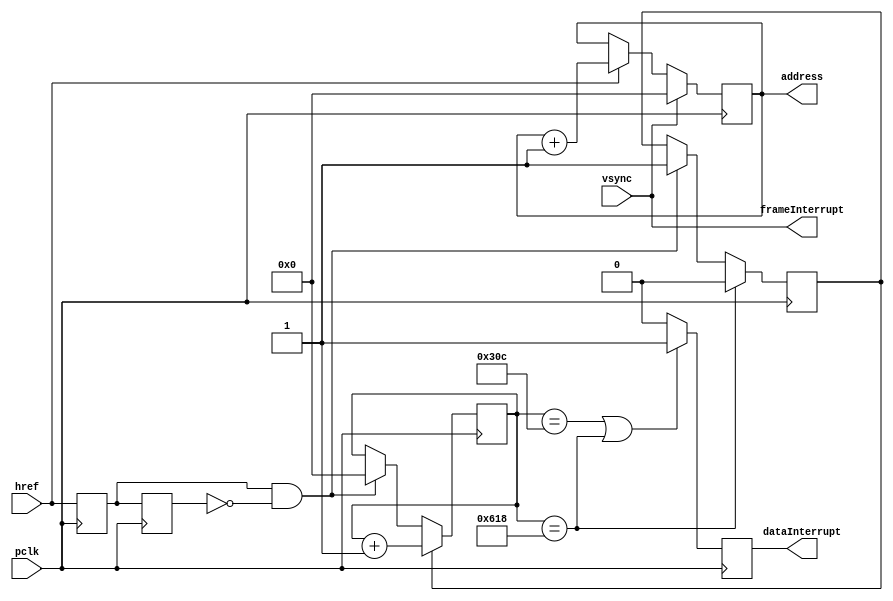
`timescale 1ns / 1ps

module cam_Controller(
    input  pclk,
     input  vsync,
     input  href,
     output reg [10:0]address = 0,
     output reg dataInterrupt = 0,
     output frameInterrupt
    );

    reg [10:0]pixelCounter = 0;
     reg counterStart = 0;
     reg thishref = 0;
     reg lasthref = 0;

    assign frameInterrupt = vsync;

    always @(posedge pclk) begin
         thishref <= href;          //Find posedge of href.
          lasthref <= thishref;     //
          dataInterrupt <= 0;
     
         if(href)
              address <= address + 1;
          if(vsync) //Should already be zero.
              address <= 0;
                
          if(thishref && !lasthref) begin
              pixelCounter <= 0;
                counterStart <= 1;
          end
          
          if(pixelCounter == 1560) begin
              counterStart <= 0;
          end
          
          if(counterStart)
              pixelCounter <= pixelCounter + 1;
                
          if(pixelCounter == 780 || pixelCounter == 1560)
              dataInterrupt <= 1;
     end

endmodule